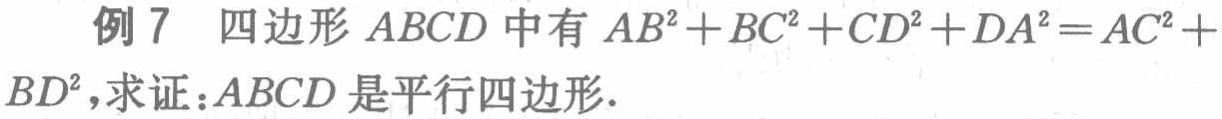
例 7 四边形 \(ABCD\) 中有 \(AB^{2}+BC^{2}+CD^{2}+DA^{2}=AC^{2}+BD^{2}\)，求证：\(ABCD\) 是平行四边形．